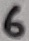
Text: 6